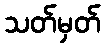
သတ်မှတ်